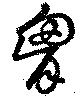
胸